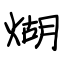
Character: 煳